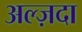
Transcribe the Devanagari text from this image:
अल्ज़दा